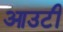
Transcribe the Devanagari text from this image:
आउटी